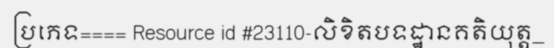
ប្រភេទ==== Resource id #23110-លិខិតបទដ្ឋានគតិយុត្ត_